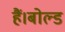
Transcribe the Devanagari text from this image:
हैं।बोल्ड